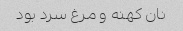
نان کهنه و مرغ سرد بود